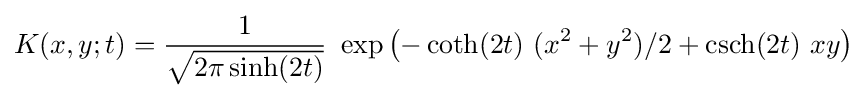
K(x,y;t)={\frac {1}{\sqrt {2\pi \sinh(2t)}}}~\exp \left(-\coth(2t)~(x^{2}+y^{2})/2+\operatorname {csch} (2t)~xy\right)